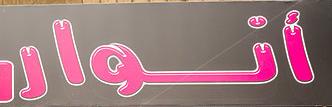
أنوار